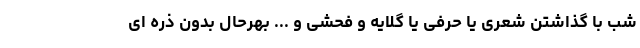
شب با گذاشتن شعری یا حرفی یا گلایه و فحشی و ... بهرحال بدون ذره ای